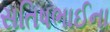
સતિષભાઈના